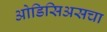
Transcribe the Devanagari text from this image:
ओडिसिअसचा